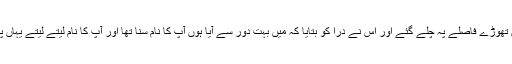
وہ دونوں تھوڑے فاصلے پہ چلے گئے اور اس نے دراؔ کو بتایا کہ میں بہت دور سے آیا ہوں آپ کا نام سنا تھا اور آپ کا نام لیتے لیتے یہاں پہنچا ہوں۔